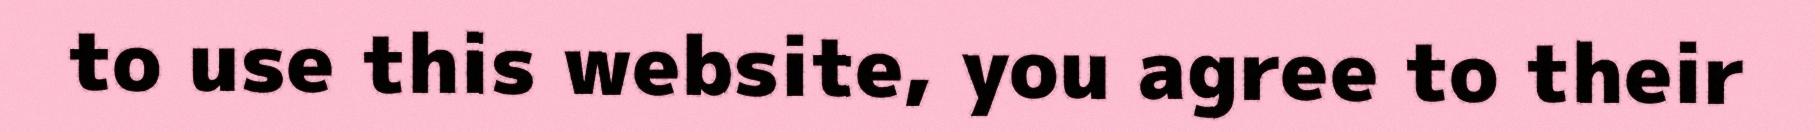
to use this website, you agree to their